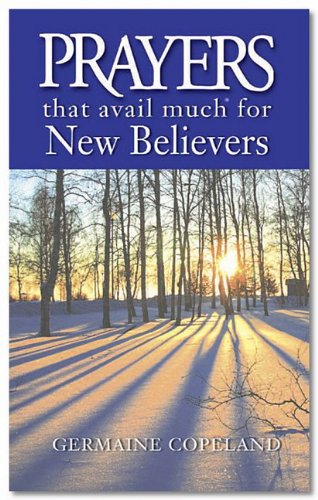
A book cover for Prayers That Avail Much for New Believers; Germaine Copeland; Parenting & Relationships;